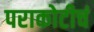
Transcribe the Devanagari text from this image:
पराकोटीचं